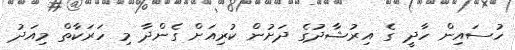
ހުސައިން ހާދީ ގެ އިރުޝާދުގެ ދަށުން ކުރިއަށް ގެންދާ މި ހަރަކާތް މިއަދު